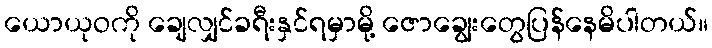
ယောယုဝကို ချေလျှင်ခရီးနှင်ရမှာမို့ ဇောချွေးတွေပြန်နေမိပါတယ်။